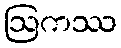
ဩကဿ